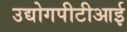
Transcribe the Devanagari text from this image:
उद्योगपीटीआई